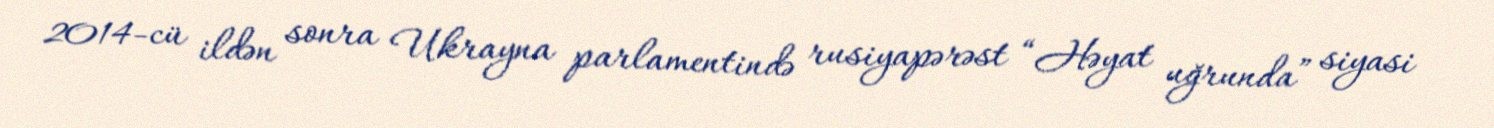
2014-cü ildən sonra Ukrayna parlamentində rusiyapərəst “Həyat uğrunda” siyasi